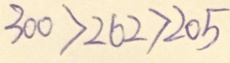
3 0 0 > 2 6 2 > 2 0 5